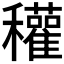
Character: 𥤊